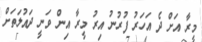
މީރާ އަށް ދެ އަހަރު ފުރުނު އިރު މީރާ އިން ވަނީ ދައުލަތަށް